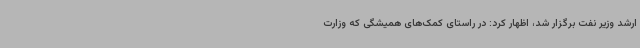
ارشد وزیر نفت برگزار شد، اظهار کرد: در راستای کمک‌های همیشگی که وزارت